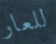
للعار